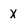
Character: x